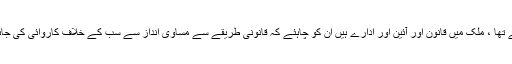
انہوں نے کہاکہ وزیراعظم کو یہاں آنا چاہئے تھا وہ نہیں آسکے تو وزیر داخلہ کو آنا چاہئے تھا ، ملک میں قانون اور آئین اور ادارے ہیں ان کو چاہئے کہ قانونی طریقے سے مساوی انداز سے سب کے خلاف کاروائی کی جائے ، ایم کیوایم کا مسئلہ سکون سے سنا جائے اور اس میں خاص ذہنیت نہیں رکھی جائے ۔